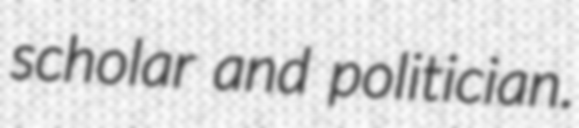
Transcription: scholar and politician.